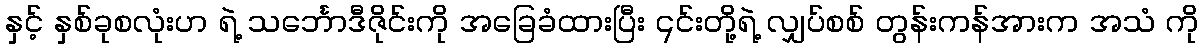
နှင့် နှစ်ခုစလုံးဟ ရဲ့ သင်္ဘောဒီဇိုင်းကို အခြေခံထားပြီး ၎င်းတို့ရဲ့ လျှပ်စစ် တွန်းကန်အားက အသံ ကို